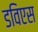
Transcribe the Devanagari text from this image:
डविएस